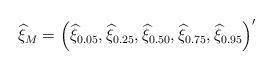
LaTeX: \begin{align*}\widehat{\xi}_M=\left( \widehat{\xi }_{0.05},\widehat{\xi }_{0.25},\widehat{\xi }_{0.50},\widehat{\xi }_{0.75},\widehat{\xi }_{0.95}\right) ^{\prime }\end{align*}